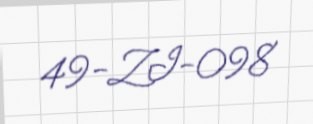
49-ZI-098